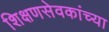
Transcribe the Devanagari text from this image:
शिक्षणसेवकांच्या